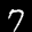
Label: 7